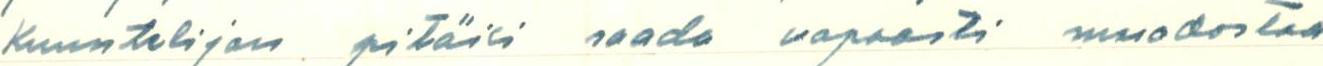
Kuuntelijan pitäisi saada vapaasti muodostaa